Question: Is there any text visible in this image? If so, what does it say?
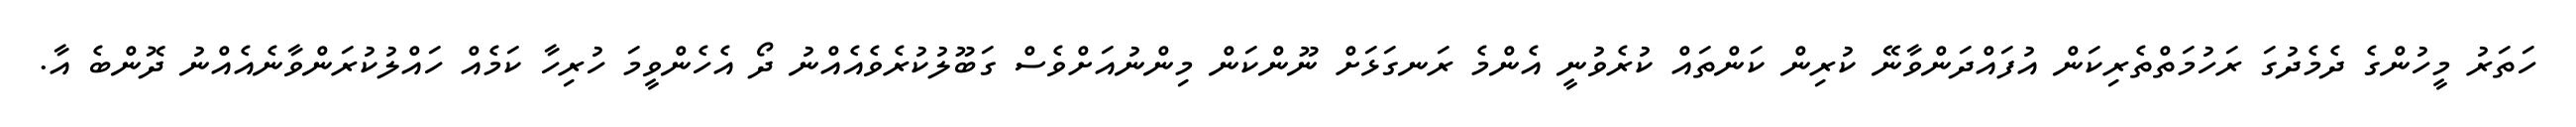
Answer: ހަތަރު މީހުންގެ ދެމެދުގަ ރަހުމަތްތެރިކަން އުފައްދަންވާނޭ ކުރިން ކަންތައް ކުރެވުނީ އެންމެ ރަނގަޅަށް ނޫންކަން މިންނުއަށްވެސް ގަބޫލުކުރެވެއެއްނު ދޯ އެހެންވީމަ ހުރިހާ ކަމެއް ހައްލުކުރަންވާނެއެއްނު ދޮންބެ އާ.